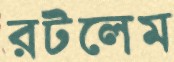
রটলেম